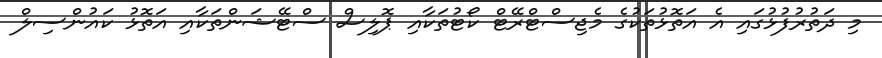
މި ދަތުރުފުޅުގައި އެ އަތޮޅުތަކުގެ މެޖިސްޓްރޭޓް ކޯޓުތަކާއި ޕޮލިސް ސްޓޭޝަންތަކާއި އަތޮޅު ކައުންސިލް